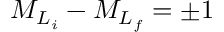
{ M } _ { { L } _ { i } } - { M } _ { { L } _ { f } } = \pm 1